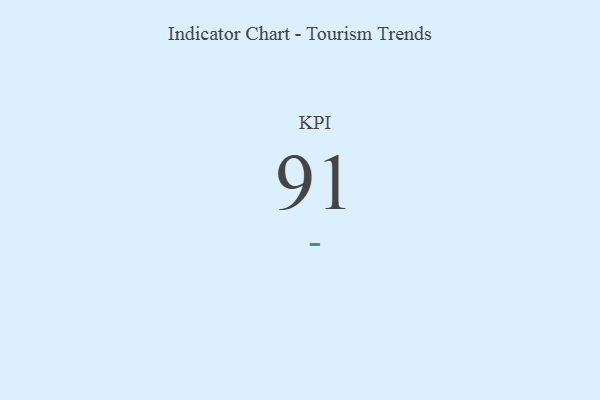
{"axis": {"x": "KPI", "y": "Value"}, "legend": [""], "data": [{"x": "KPI", "y": 91, "type": ""}]}